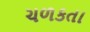
ચળકતા